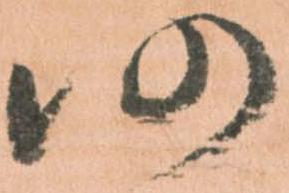
仍